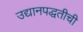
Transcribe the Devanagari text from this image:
उद्यानपद्धतीची